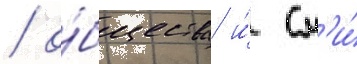
/ о́бщества и́ см'и́